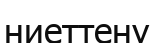
ниеттену